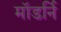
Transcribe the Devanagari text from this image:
मॉडर्नि